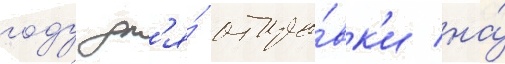
году дл'я́ отпра́вк'и на́